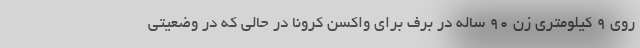
روی ۹ کیلومتری زن ۹۰ ساله در برف برای واکسن کرونا در حالی که در وضعیتی